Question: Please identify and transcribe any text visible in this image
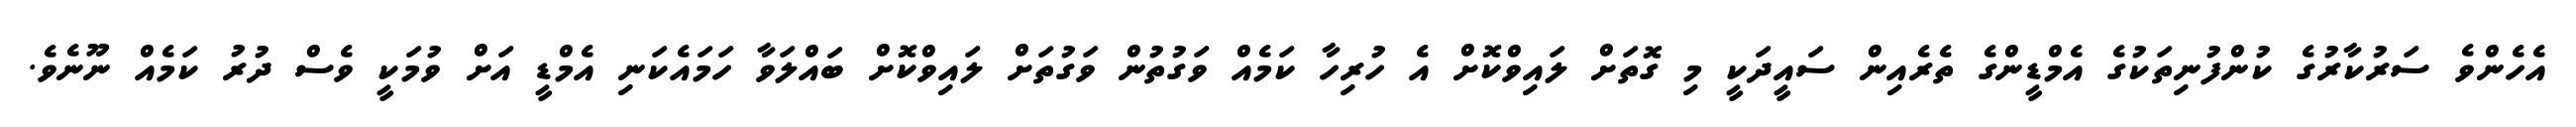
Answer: އެހެންވެ ސަރުކާރުގެ ކުންފުނިތަކުގެ އެމްޑީންގެ ތެރެއިން ސައީދަކީ މި ގޮތަށް ލައިވްކޮށް އެ ހުރިހާ ކަމެއް ވަގުތުން ވަގުތަށް ލައިވްކޮށް ބައްލަވާ ހަމައެކަނި އެމްޑީ އަށް ވުމަކީ ވެސް ދުރު ކަމެއް ނޫނެވެ.